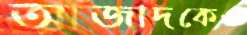
আজাদকেও